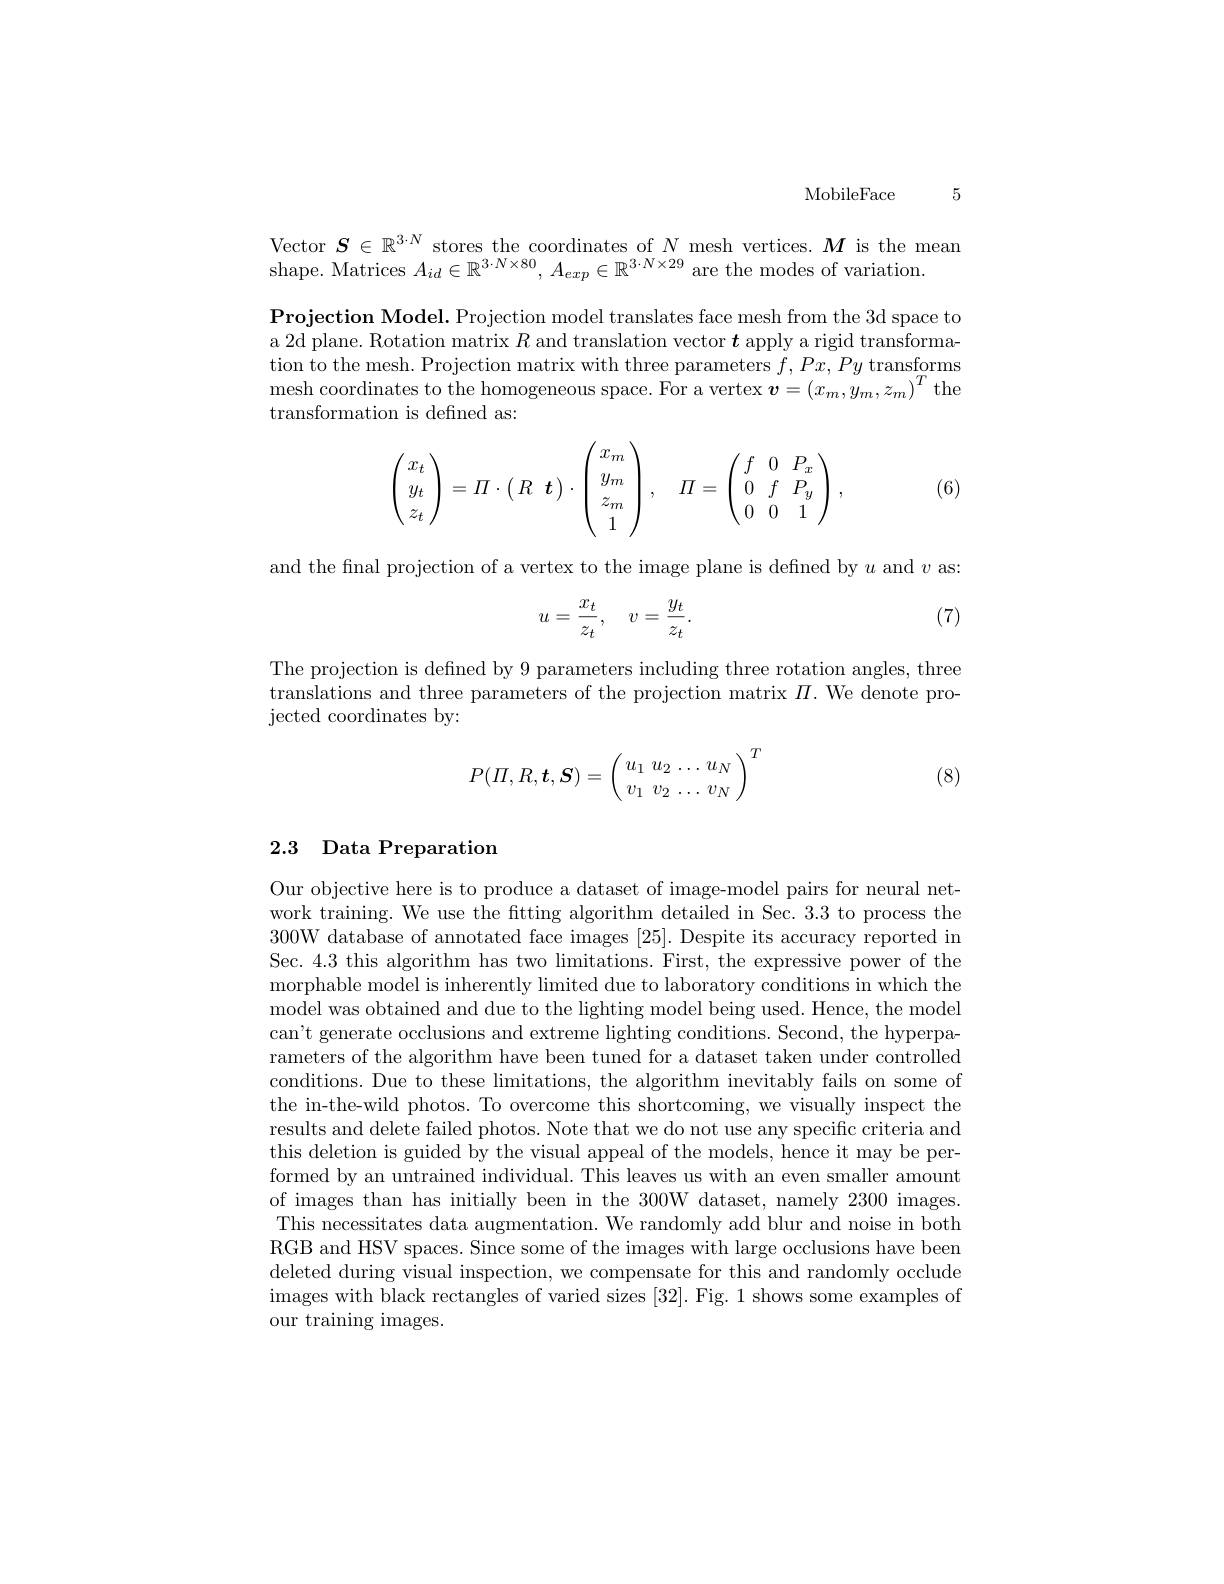
5

MobileFace

Vector $S\in\mathbb{R}^{3\cdot N}$ stores the coordinates of $N$ mesh vertices. $M$ is the mean
shape. Matrices $A_id\in\mathbb{R}^{3\cdot N\times80},A_{exp}\in\mathbb{R}^{3\cdot N\times29}$ are the modes of variation.

$\textbf{Projection Model. Projection model translates face mesh from the 3d space to}$ a 2d plane. Rotation matrix $R$ and translation vector $t$ apply a rigid transformation to the mesh. Projection matrix with three parameters $f,Px,Py$ transforms mesh coordinates to the homogeneous space. For a vertex $\boldsymbol{v}=(x_m,y_m,z_m)^T$ the transformation is defined as:
$$\begin{pmatrix}x_t\\y_t\\z_t\end{pmatrix}=\Pi\cdot\begin{pmatrix}R&\boldsymbol{t}\end{pmatrix}\cdot\begin{pmatrix}x_m\\y_m\\z_m\\1\end{pmatrix},\quad\Pi=\begin{pmatrix}f&0&P_x\\0&f&P_y\\0&0&1\end{pmatrix},$$
(6)

and the final projection of a vertex to the image plane is defined by $u$ and $v$ as:

(7)
$$u=\frac{x_t}{z_t},\quad v=\frac{y_t}{z_t}.$$
The projection is defined by 9 parameters including three rotation angles, three translations and three parameters of the projection matrix $\Pi.$ We denote pro- ${\mathrm{jected~coordinates~by:}}$
$$P(\Pi,R,\boldsymbol{t},\boldsymbol{S})=\left(\begin{array}{c}u_1\:u_2\:\dots\:u_N\\v_1\:v_2\:\dots\:v_N\end{array}\right)^T$$
(8)

## 2.3 Data Preparation

Our objective here is to produce a dataset of image-model pairs for neural network training. We use the fitting algorithm detailed in Sec. 3.3 to process the 300W database of annotated face images [25]. Despite its accuracy reported in Sec. 4.3 this algorithm has two limitations. First, the expressive power of the morphable model is inherently limited due to laboratory conditions in which the model was obtained and due to the lighting model being used. Hence, the model can't generate occlusions and extreme lighting conditions. Second, the hyperparameters of the algorithm have been tuned for a dataset taken under controlled conditions. Due to these limitations, the algorithm inevitably fails on some of the in-the-wild photos. To overcome this shortcoming, we visually inspect the results and delete failed photos. Note that we do not use any specific criteria and this deletion is guided by the visual appeal of the models, hence it may be performed by an untrained individual. This leaves us with an even smaller amount of images than has initially been in the 300W dataset, namely 2300 images. This necessitates data augmentation. We randomly add blur and noise in both RGB and HSV spaces. Since some of the images with large occlusions have been deleted during visual inspection, we compensate for this and randomly occlude images with black rectangles of varied sizes [32]. Fig. 1 shows some examples of our training images.